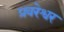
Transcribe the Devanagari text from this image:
प्रवरेश्वर